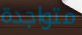
متواجدة